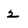
Character: 2